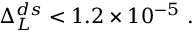
\Delta _ { L } ^ { d s } < 1 . 2 \times 1 0 ^ { - 5 } ~ .